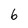
Character: 6